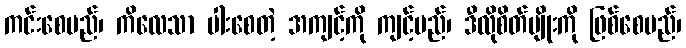
ကင်းစေမည်၊ ကိလေသာ ပါးစေတဲ့ အကျင့်ကို ကျင့်မည်၊ ဒီလိုစိတ်မျိုးကို ဖြစ်စေမည်၊